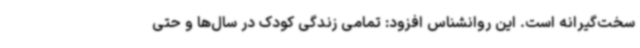
سخت‌گیرانه است. این روانشناس افزود: تمامی زندگی کودک در سال‌ها و حتی